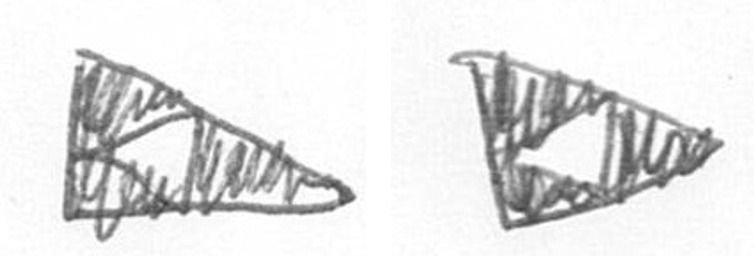
K K